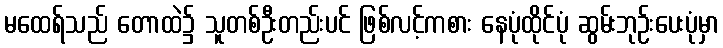
မထေရ်သည် တောထဲ၌ သူတစ်ဦးတည်းပင် ဖြစ်လင့်ကစား နေပုံထိုင်ပုံ ဆွမ်းဘုဉ်းပေးပုံမှာ